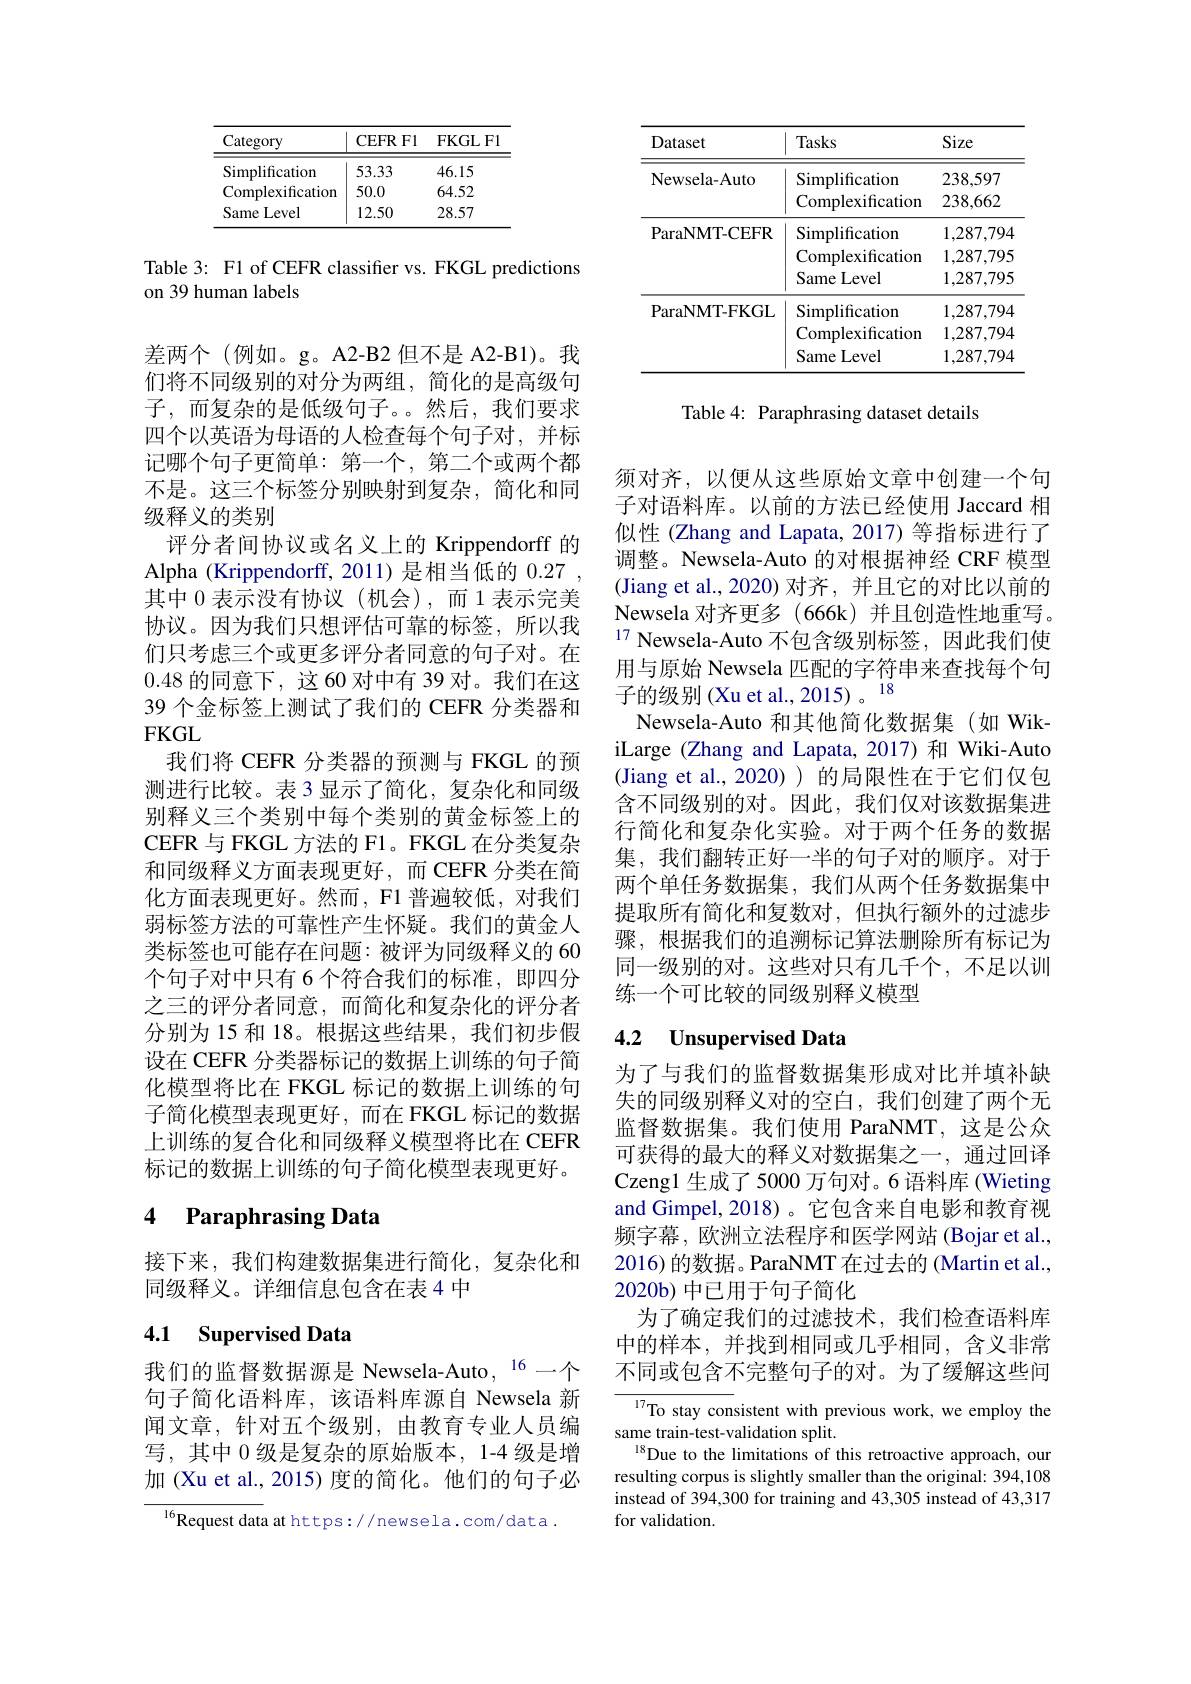
<table>
	<tbody>
		<tr>
			<th>Category</th>
			<th>CEFR Fl</th>
			<th>$\mathbf{FKGLF}$</th>
		</tr>
		<tr>
			<td>Simplification</td>
			<td>53.33</td>
			<td>46.15</td>
		</tr>
		<tr>
			<td>Complexification</td>
			<td>50.0</td>
			<td>64.52</td>
		</tr>
		<tr>
			<td>Same Level</td>
			<td>12.50</td>
			<td>28.57</td>
		</tr>
	</tbody>
</table>

Table 3: F1 of CEFR classifter vs. FKGL predictions
on 39 human labels

差两个(例如。g。A2-B2 但不是 A2-B1)。我们将不同级别的对分为两组，简化的是高级句子，而复杂的是低级句子。。然后，我们要求四个以英语为母语的人检查每个句子对，并标记哪个句子更简单：第一个，第二个或两个都不是。这三个标签分别映射到复杂，简化和同级释义的类别
评分者间协议或名义上的 Krippendorff 的Alpha (Krippendorff, 2011) 是相当低的0.27 , 其中0表示没有协议(机会),而1表示完美协议。因为我们只想评估可靠的标签，所以我们只考虑三个或更多评分者同意的句子对。在0.48的同意下，这 60 对中有 39 对。我们在这39 个金标签上测试了我们的 CEFR 分类器和FKGL
我们将 CEFR 分类器的预测与 FKGL 的预测进行比较。表3显示了简化，复杂化和同级别释义三个类别中每个类别的黄金标签上的CEFR 与 FKGL 方法的 F1。FKGL 在分类复杂和同级释义方面表现更好，而 CEFR 分类在简化方面表现更好。然而，F1 普遍较低，对我们弱标签方法的可靠性产生怀疑。我们的黄金人类标签也可能存在问题：被评为同级释义的 60个句子对中只有 6 个符合我们的标准，即四分之三的评分者同意，而简化和复杂化的评分者分别为 15 和 18。根据这些结果，我们初步假设在 CEFR 分类器标记的数据上训练的句子简化模型将比在 FKGL 标记的数据上训练的句子简化模型表现更好，而在 FKGL 标记的数据上训练的复合化和同级释义模型将比在 CEFR 标记的数据上训练的句子简化模型表现更好。

# 4 Paraphrasing Data

接下来，我们构建数据集进行简化，复杂化和
同级释义。详细信息包含在表 4 中

# 4.1 Supervised Data

我们的监督数据源是 Newsela-Auto, $^{16}$一个句子简化语料库，该语料库源自 Newsela 新闻文章，针对五个级别，由教育专业人员编写，其中 0 级是复杂的原始版本，1-4 级是增加 (Xu et al., 2015) 度的简化。他们的句子必

$^{16}$Request data at https://newsela.com/data.

<table>
	<tbody>
		<tr>
			<th>Dataset</th>
			<th>Tasks</th>
			<th>Size</th>
		</tr>
		<tr>
			<td rowspan="2">Newsela-Auto</td>
			<td>Simplification</td>
			<td>238,597</td>
		</tr>
		<tr>
			<td>Complexification</td>
			<td>238,662</td>
		</tr>
		<tr>
			<td rowspan="3">ParaNMT- CEFR</td>
			<td>Simplification</td>
			<td>1,287,794</td>
		</tr>
		<tr>
			<td>Complexification</td>
			<td>1,287,795</td>
		</tr>
		<tr>
			<td>Same Level</td>
			<td>1,287,795</td>
		</tr>
		<tr>
			<td rowspan="3">ParaNMT- FKGL</td>
			<td>Simplification</td>
			<td>1,287,794</td>
		</tr>
		<tr>
			<td>Complexification</td>
			<td>1,287,794</td>
		</tr>
		<tr>
			<td>Same Level</td>
			<td>1,287,794</td>
		</tr>
	</tbody>
</table>

Table 4: Paraphrasing dataset details

须对齐，以便从这些原始文章中创建一个句子对语料库。以前的方法已经使用 Jaccard 相似性(Zhang and Lapata, 2017) 等指标进行了调整。Newsela-Auto 的对根据神经 CRF 模型(Jiang et al.,2020)对齐，并且它的对比以前的Newsela 对齐更多(666k)并且创造性地重写。$^{17}$ Newsela-Auto 不包含级别标签，因此我们使用与原始 Newsela 匹配的字符串来查找每个句子的级别 (Xu et al., 2015) 。
Newsela-Auto 和其他简化数据集(如 WikiLarge (Zhang and Lapata, 2017) 和 Wiki-Auto (Jiang et al.,2020))的局限性在于它们仅包含不同级别的对。因此，我们仅对该数据集进行简化和复杂化实验。对于两个任务的数据集，我们翻转正好一半的句子对的顺序。对于两个单任务数据集，我们从两个任务数据集中提取所有简化和复数对，但执行额外的过滤步骤，根据我们的追溯标记算法删除所有标记为同一级别的对。这些对只有几千个，不足以训练一个可比较的同级别释义模型

## 4.2 Unsupervised Data

为了与我们的监督数据集形成对比并填补缺失的同级别释义对的空白，我们创建了两个无监督数据集。我们使用 ParaNMT, 这是公众可获得的最大的释义对数据集之一，通过回译Czeng1 生成了 5000 万句对。6 语料库 (Wieting and Gimpel, 2018)。它包含来自电影和教育视频字幕，欧洲立法程序和医学网站(Bojar et al., 2016) 的数据。ParaNMT 在过去的 (Martin et al., 2020b) 中已用于句子简化
为了确定我们的过滤技术，我们检查语料库中的样本，并找到相同或几乎相同，含义非常不同或包含不完整句子的对。为了缓解这些问

${\frac{17}{\text{To stay con}}}$sistent with previous work, we employ the
same train-test-validation split.
$^{18}$Due to the limitations of this retroactive approach, our resulting corpus is slightly smaller than the original: 394,108 instead of 394,300 for training and 43,305 instead of 43,317 for validation.